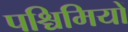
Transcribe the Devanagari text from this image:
पश्चिमियों